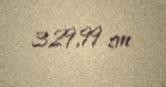
329,99 sm